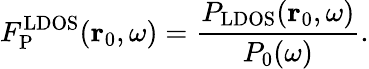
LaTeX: F_{\mathrm{P}}^{\mathrm{LDOS}}(\mathbf{r}_{0},\omega)=\frac{P_{\mathrm{LDOS}}(\mathbf{r}_{0},\omega)}{P_{0}({\omega})}.